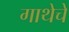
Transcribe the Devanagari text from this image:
गाथेचे